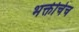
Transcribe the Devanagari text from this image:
भक्तीचेच